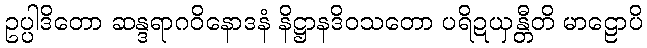
ဥပ္ပါဒိတော ဆန္ဒရာဂဝိနောဒနံ နိဋ္ဌာနဒိဝသတော ပရိဍယှန္တီတိ မာဠောပိ